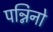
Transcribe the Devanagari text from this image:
पन्निनो